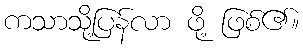
ကသာသို့ပြန်လာ ဖို့ ဖြစ်၏။